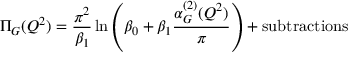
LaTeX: \Pi _ { G } ( Q ^ { 2 } ) = \frac { \pi ^ { 2 } } { \beta _ { 1 } } \ln \left( \beta _ { 0 } + \beta _ { 1 } \frac { \alpha _ { G } ^ { ( 2 ) } ( Q ^ { 2 } ) } { \pi } \right) + \mathrm { s u b t r a c t i o n s }